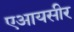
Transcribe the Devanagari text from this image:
एआयसीर